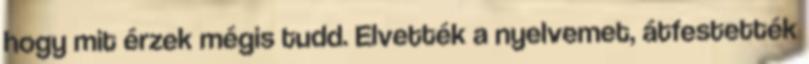
hogy mit érzek mégis tudd. Elvették a nyelvemet, átfestették